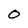
Character: 0